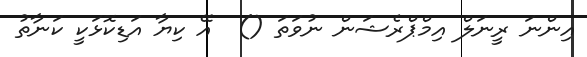
އިންނަ ރީނަލް އިމްޕްރެޝަން ނުވަތަ ()  އޭ ކިޔާ އަޑިކޮޅަކީ ކަނާތު